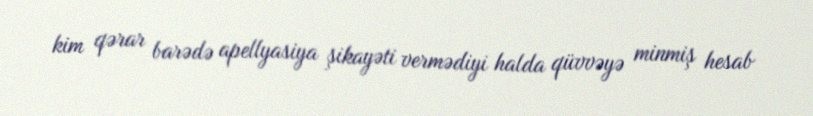
kim qərar barədə apellyasiya şikayəti vermədiyi halda qüvvəyə minmiş hesab